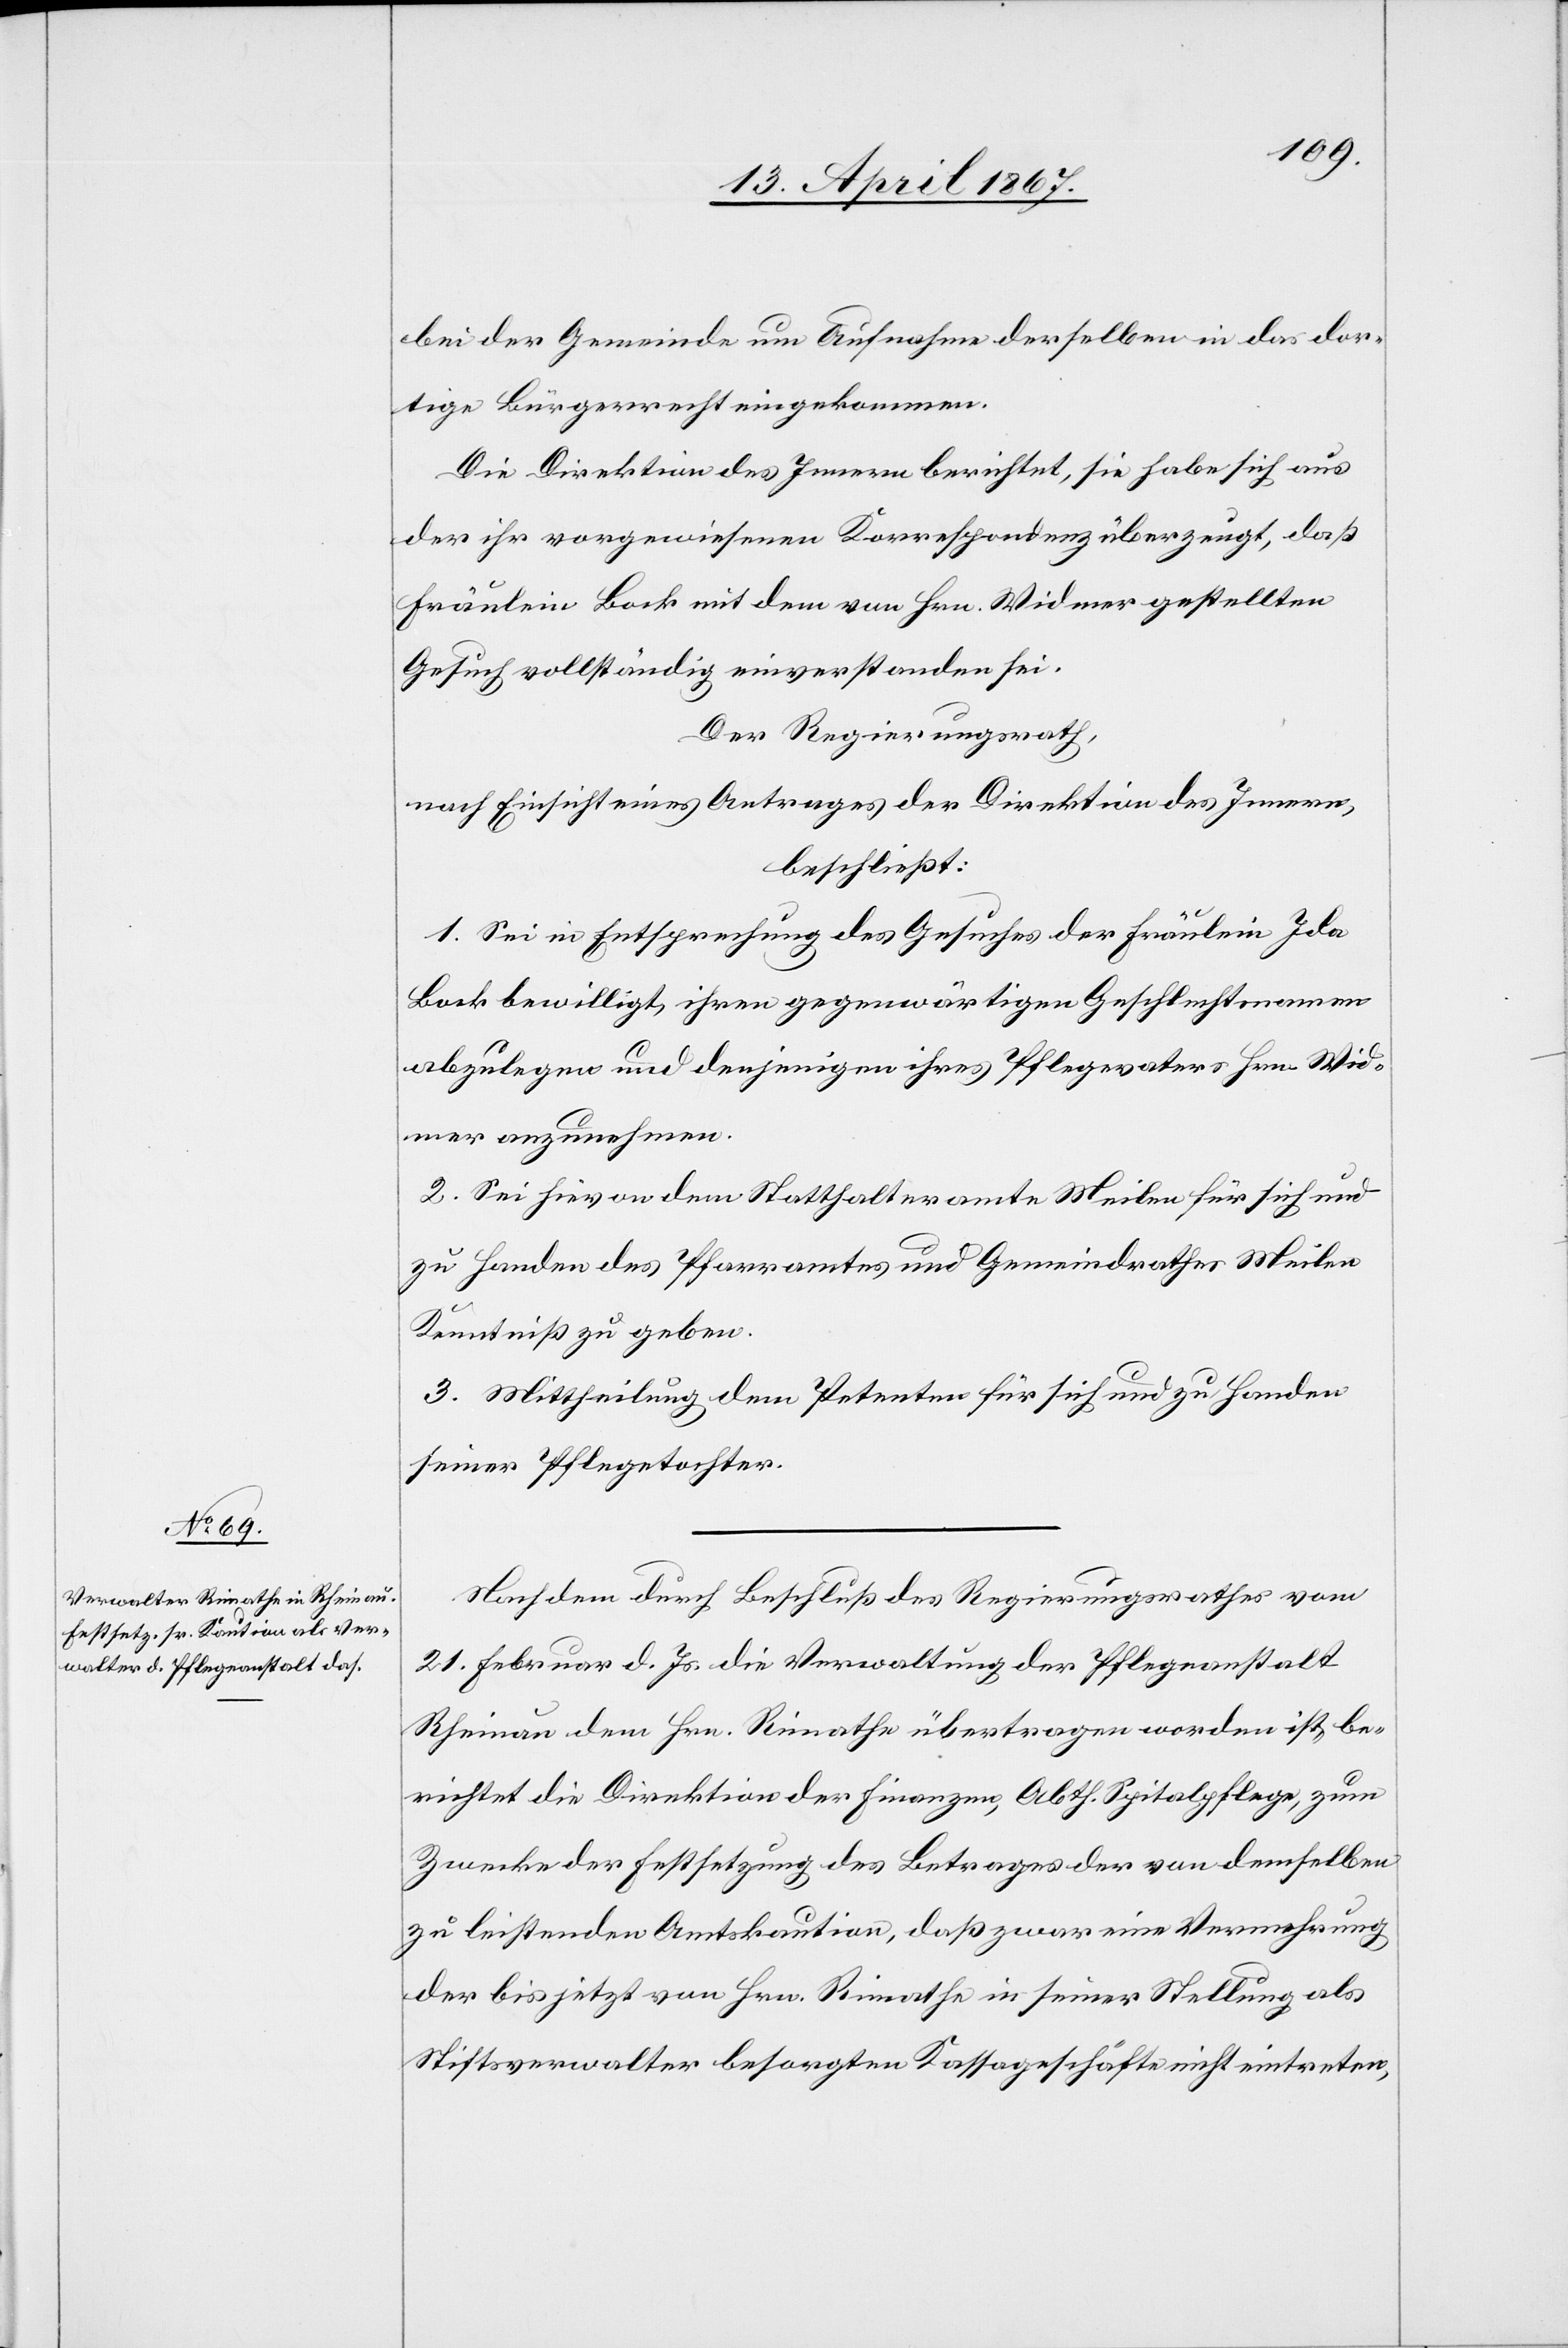
bei der Gemeinde um Aufnahme derselben in das dor¬
tige Bürgerrecht eingekommen.
Die Direktion des Innern berichtet, sie habe sich aus
der ihr vorgewiesenen Korrespondenz überzeugt, daß
Fräulein Bock mit dem von Hrn. Widmer gestellten
Gesuch vollständig einverstanden sei.
Der Regierungsrath,
nach Einsicht eines Antrages der Direktion des Innern,
beschließt:
1. Sei in Entsprechung des Gesuches der Fräulein Ida
Bock bewilligt, ihren gegenwärtigen Gesellschaftsnamen
abzulegen und denjenigen ihres Pflegevaters Hrn. Wid¬
mer anzunehmen.
2. Sei hievon dem Statthalteramte Meilen für sich und
zu Handen des Pfarramtes und Gemeindrathes Meilen
Kenntniß zu geben.
3. Mittheilung dem Petenten für sich und zu Handen
seiner Pflegetochter.
Nachdem durch Beschluß des Regierungsrathes vom
21. Februar d. Js. die Verwaltung der Pflegeanstalt
Rheinau dem Hrn. Rimathe übertragen worden ist, be¬
richtet die Direktion der Finanzen, Abth. Spitalpflege, zum
Zwecke der Festsetzung des Betrages der von demselben
zu leistenden Amtskaution, daß zwar eine Vermehrung
der bis jetzt von Hrn. Rimathe in seiner Stellung als
Stiftsverwalter besorgten Kassageschäfte nicht eintreten,